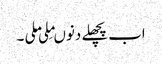
اب پچھلے دنوںمِلی ملی ۔